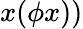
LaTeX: x(\phi x))